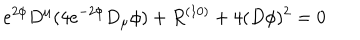
e ^ { 2 \phi } D ^ { \mu } ( 4 e ^ { - 2 \phi } D _ { \mu } \phi ) + R ^ { ( 1 0 ) } + 4 ( D \phi ) ^ { 2 } = 0